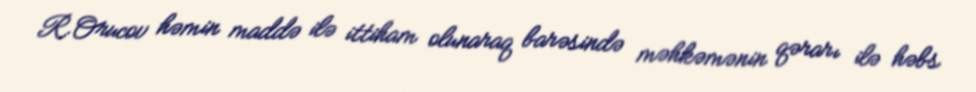
R.Orucov həmin maddə ilə ittiham olunaraq barəsində məhkəmənin qərarı ilə həbs